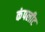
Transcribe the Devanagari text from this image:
कंपलीट